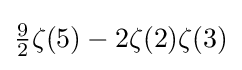
{\tfrac {9}{2}}\zeta (5)-2\zeta (2)\zeta (3)